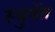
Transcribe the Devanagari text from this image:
स्युनेंत